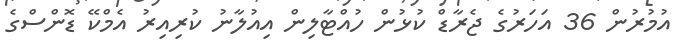
އުމުރުން 36 އަހަރުގެ ޖެރާޑް ކުޅުން ހުއްޓާލިން އިއުލާނު ކުރިއިރު އެމްކޭ ޑޮންސްގެ